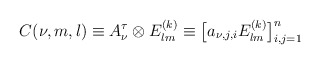
\begin{align*}C(\nu ,m,l)\equiv A_{\nu}^\tau \otimes E_{lm}^{(k)}\equiv \big[ a_{\nu , j,i }E_{lm}^{(k)} \big]_{i,j=1}^n \end{align*}